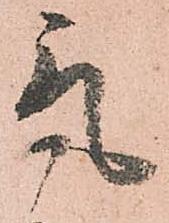
気